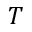
T